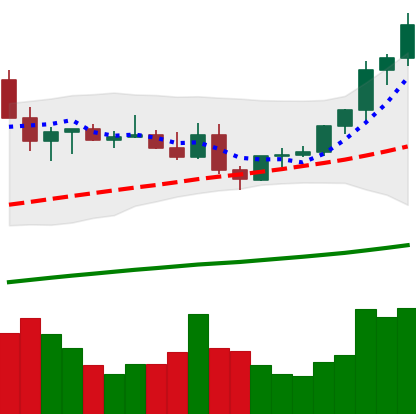
Ticker: ETC-USD
Chart end date: 2021-04-02
Forward return: 25.531%
Label: up_7plus